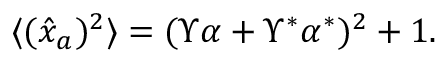
\begin{array} { r } { \langle ( \hat { x } _ { a } ) ^ { 2 } \rangle = ( \Upsilon \alpha + \Upsilon ^ { \ast } \alpha ^ { \ast } ) ^ { 2 } + 1 . } \end{array}